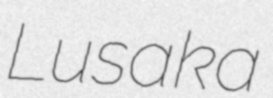
Lusaka